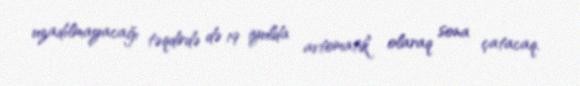
uzadılmayacağı təqdirdə də 19 iyulda avtomatik olaraq sona çatacaq.